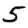
Digit: 5